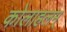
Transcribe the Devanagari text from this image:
कोलाहलम्